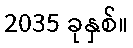
2035 ခုနှစ်။